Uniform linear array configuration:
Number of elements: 32
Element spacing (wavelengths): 1
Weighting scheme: kaiser
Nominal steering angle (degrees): -15
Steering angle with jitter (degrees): -13.188
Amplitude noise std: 0.05
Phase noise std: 0.05

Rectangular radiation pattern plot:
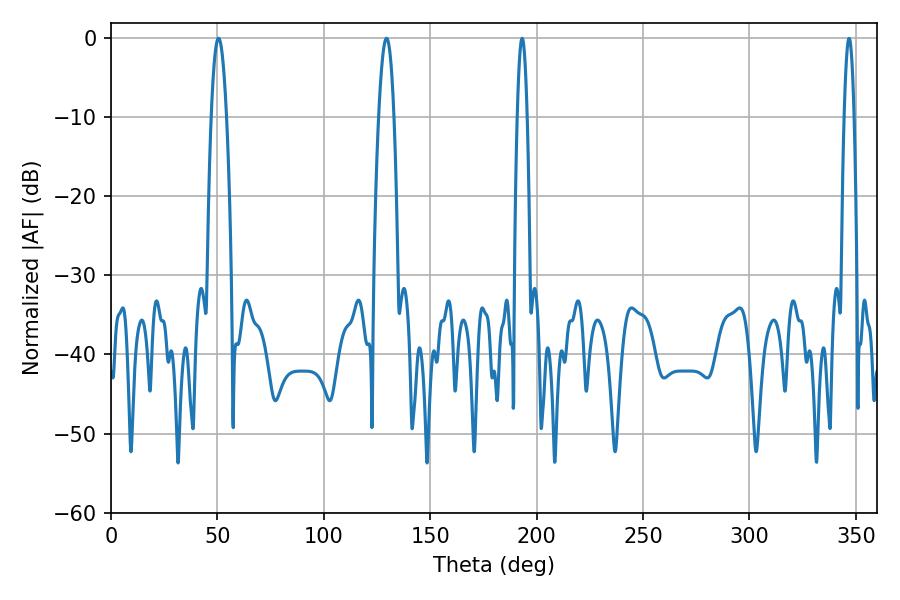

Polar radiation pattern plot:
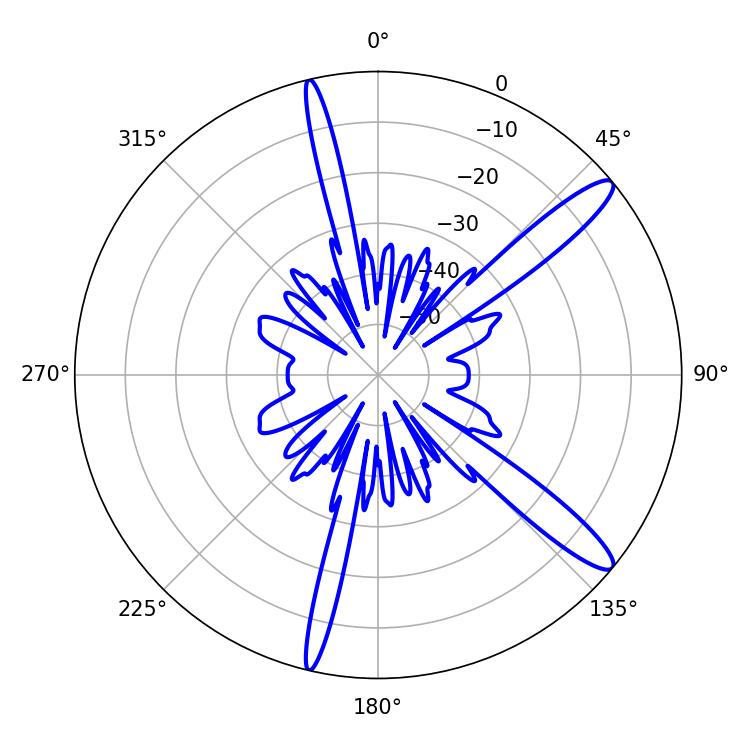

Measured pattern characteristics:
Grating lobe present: TRUE
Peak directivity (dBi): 13.304
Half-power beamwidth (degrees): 3.96
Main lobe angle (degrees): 50.58